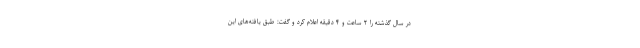
در سال گذشته را ۲ ساعت و ۴ دقیقه اعلام کرد و گفت: طبق یافته‌های این